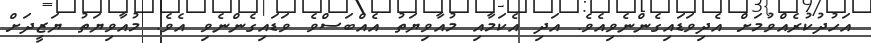
އަހުދުކުރެއްވުމަށް އެދިވަޑައިގެންނެވިއެވެ. އަދި އެކަމާއި މުއާވިޔަތު އެއްބަސްވެ ވަޑައިގެންނެވި އެވެ. މުއާވިޔަތު ޔަޒީދަށް